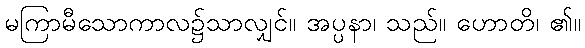
မကြာမီသောကာလ၌သာလျှင်။ အပ္ပနာ၊ သည်။ ဟောတိ၊ ၏။